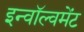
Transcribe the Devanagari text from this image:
इन्वॉल्वमेंट